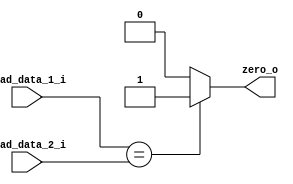
module Equal (
    read_data_1_i,
    read_data_2_i,
    zero_o
);

input   wire[31:0]  read_data_1_i;
input   wire[31:0]  read_data_2_i;
output  wire        zero_o;

assign  zero_o = (read_data_1_i == read_data_2_i) ? 1'b1 : 1'b0;
    
endmodule